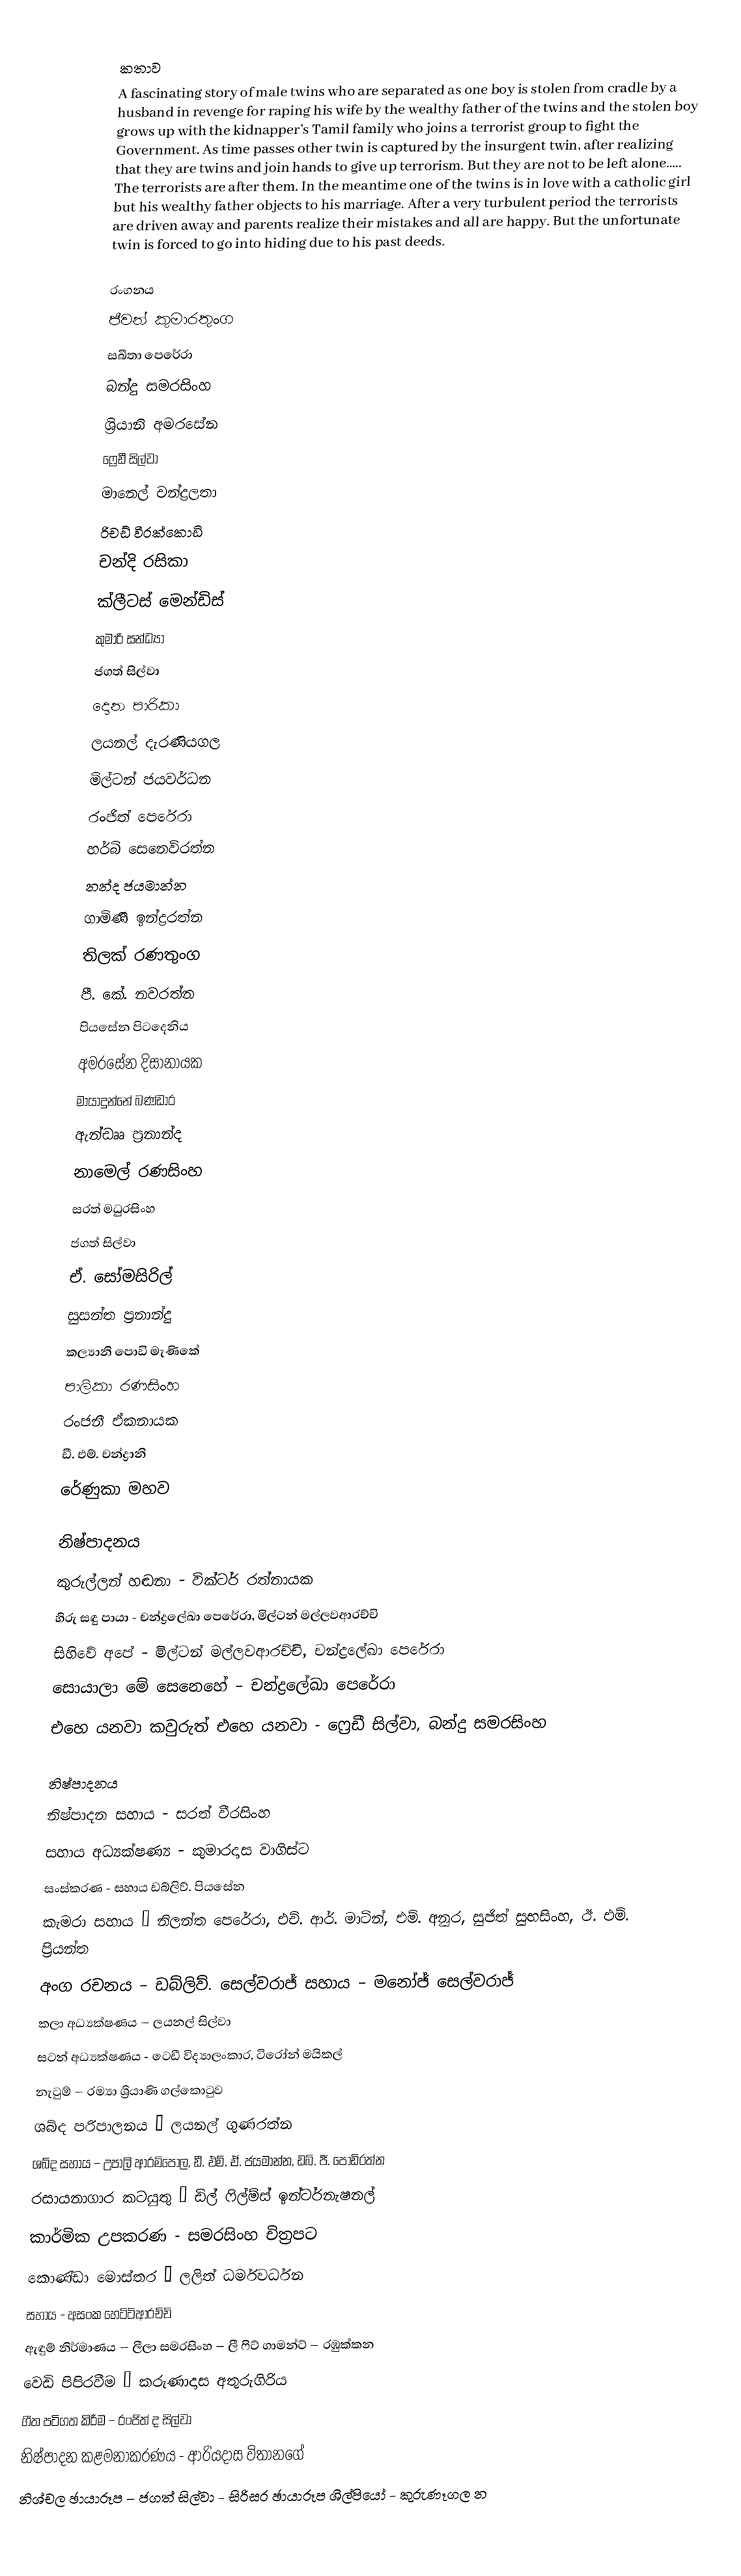

කතාව
A fascinating story of male twins who are separated as one boy is stolen from cradle by a husband in revenge for raping his wife by the wealthy father of the twins and the stolen boy grows up with the kidnapper’s Tamil family who joins a terrorist group to fight the Government. As time passes other twin is captured by the insurgent twin, after realizing that they are twins and join hands to give up terrorism. But they are not to be left alone….. The terrorists are after them. In the meantime one of the twins is in love with a catholic girl but his wealthy father objects to his marriage. After a very turbulent period the terrorists are driven away and parents realize their mistakes and all are happy. But the unfortunate twin is forced to go into hiding due to his past deeds.

රංගනය
ජීවන් කුමාරතුංග
සබීතා පෙරේරා
බන්දු සමරසිංහ
ශ්‍රියානි අමරසේන
ෆ්‍රෙඩී සිල්වා
මානෙල් චන්ද්‍රලතා
රිචඩ් වීරක්කොඩි
චන්දි රසිකා
ක්ලීටස් මෙන්ඩිස්
කුමාරි සන්ධ්‍යා
ජගත් සිල්වා
දොන පාරිකා
ලයනල් දැරණියගල
මිල්ටන් ජයවර්ධන
රංජිත් පෙරේරා
හර්බි සෙනෙවිරත්න
නන්ද ජයමාන්න
ගාමිණී ඉන්ද්‍රරත්න
තිලක් රණතුංග
පී. කේ. නවරත්න
පියසේන පිටදෙනිය
අමරසේන දිසානායක
මායාදුන්නේ බණ්ඩාර
ඇන්ඩෲ ප්‍රනාන්ද
නාමෙල් රණසිංහ
සරත් මධුරසිංහ
ජගත් සිල්වා
ඒ. සෝමසිරිල්
සුසන්ත ප්‍රනාන්දු
කල්‍යානි පොඩි මැණිකේ
පාලිකා රණසිංහ
රංජනී ඒකනායක
ඩී. එම්. චන්ද්‍රානි
රේණුකා මහව

නිෂ්පාදනය
කුරුල්ලන් හඬනා - වික්ටර් රත්නායක
හිරු සඳු පායා - චන්ද්‍රලේඛා පෙරේරා, මිල්ටන් මල්ලවආරච්චි
සිහිවේ අපේ - මිල්ටන් මල්ලවආරච්චි, චන්ද්‍රලේඛා පෙරේරා
සොයාලා මේ සෙනෙහේ – චන්ද්‍රලේඛා පෙරේරා
එහෙ යනවා කවුරුත් එහෙ යනවා - ෆ්‍රෙඩී සිල්වා, බන්දු සමරසිංහ

නිෂ්පාදනය
නිෂ්පාදන සහාය - සරත් වීරසිංහ
සහාය අධ්‍යක්ෂණ්‍ය - කුමාරදාස වාගිස්ට
සංස්කරණ - සහාය ඩබ්ලිව්. පියසේන
කැමරා සහාය – නිලන්ත පෙරේරා, එච්. ආර්. මාටින්, එම්. අනුර, සුජිත් සුභසිංහ, ඊ. එම්. ප්‍රියන්ත
අංග රචනය – ඩබ්ලිව්. සෙල්වරාජ් සහාය – මනෝජ් සෙල්වරාජ්
කලා අධ්‍යක්ෂණය – ලයනල් සිල්වා
සටන් අධ්‍යක්ෂණය - ටෙඩී විද්‍යාලංකාර, ටිරෝන් මයිකල්
නැටුම් – රම්‍යා ශ්‍රියාණි ගල්කොටුව
ශබ්ද පරිපාලනය – ලයනල් ගුණරත්න
ශබ්ද සහාය – උපාලි ආරම්පොල, ඩී. එම්. ඒ. ජයමාන්න, ඩබ්. ජී. පොඩිරත්න
රසායනාගාර කටයුතු – ඩිල් ෆිල්ම්ස් ඉන්ටර්නැෂනල්
කාර්මික උපකරණ - සමරසිංහ චිත්‍රපට
කොණ්ඩා මොස්තර – ලලිත් ධර්මවර්ධන
සහාය - අසංක හෙට්ටිආරච්චි
ඇඳුම් නිර්මාණය – ලීලා සමරසිංහ – ලී ෆිට් ගාමන්ට් – රඹුක්කන
වෙඩි පිපිරවීම – කරුණාදාස අතුරුගිරිය
ගීත පටිගත කිරීම – රංජිත් ද සිල්වා
නිෂ්පාදන කළමනාකරණය - ආරියදාස විතානගේ
නිශ්චල ඡායාරූප – ජගත් සිල්වා - සිරිසර ඡායාරූප ශිල්පියෝ - කුරුණෑගල න